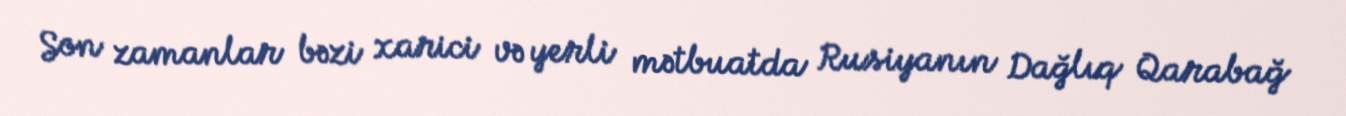
Son zamanlar bəzi xarici və yerli mətbuatda Rusiyanın Dağlıq Qarabağ